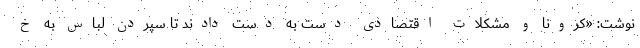
نوشت: «کرونا و مشکلات اقتصادی دست به دست دادند تا سپردن لباس به خ